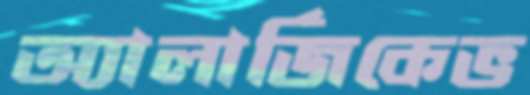
অ্যালার্জিকেভ